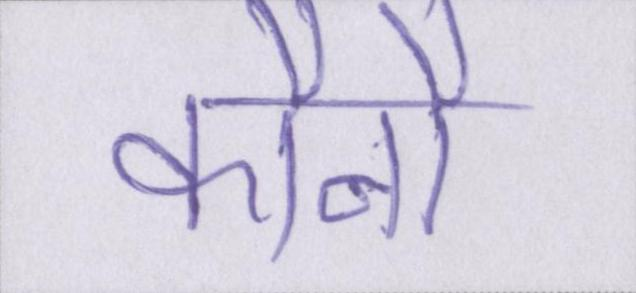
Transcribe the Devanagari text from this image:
कौनौ